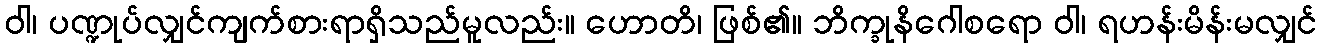
ဝါ၊ ပဏ္ဍုပ်လျှင်ကျက်စားရာရှိသည်မူလည်း။ ဟောတိ၊ ဖြစ်၏။ ဘိက္ခုနိဂေါစရော ဝါ၊ ရဟန်းမိန်းမလျှင်